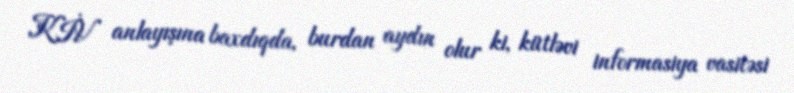
KİV anlayışına baxdıqda, burdan aydın olur ki, kütləvi informasiya vasitəsi